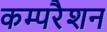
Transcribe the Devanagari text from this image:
कम्परैशन